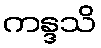
ကန္ဒသိ